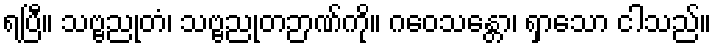
ရပြီ။ သဗ္ဗညုတံ၊ သဗ္ဗညုတဉာဏ်ကို။ ဂဝေသန္တော၊ ရှာသော ငါသည်။